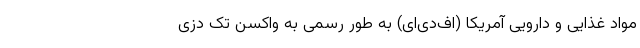
مواد غذایی و دارویی آمریکا (اف‌دی‌اِی) به طور رسمی به واکسن تک دُزی